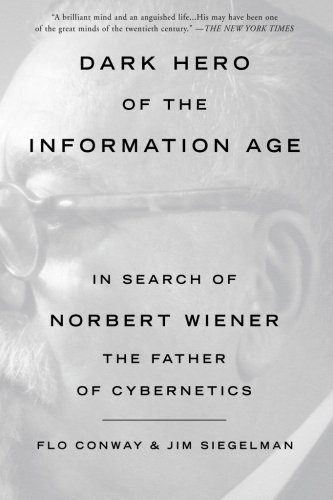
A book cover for Dark Hero of the Information Age: In Search of Norbert Wiener The Father of Cybernetics [Paperback] [2006] (Author) Flo Conway, Jim Siegelman; Computers & Technology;